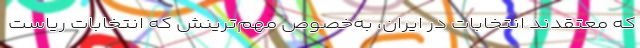
که معتقدند انتخابات در ایران، به‌خصوص مهم‌ترینش که انتخابات ریاست